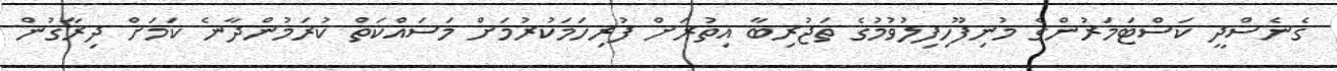
ގެނެސްދީ ކަސްޓަމަރުންގެ މުނިފޫހިފިލުވުމުގެ ތަޖުރިބާ އިތުރަށް ފުރިހަމަކުރުމަށް މަސައްކަތް ކުރަމުންދާނެ ކަމަށް ދިރާގުން